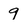
Character: 9